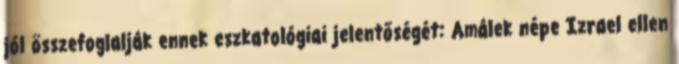
jól összefoglalják ennek eszkatológiai jelentőségét: Amálek népe Izrael ellen